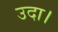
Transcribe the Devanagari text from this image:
उदा।